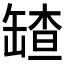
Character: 𦉆